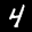
Label: 4